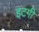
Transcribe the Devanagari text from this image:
इटगी